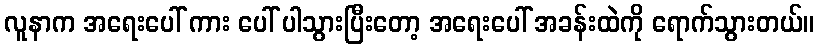
လူနာက အရေးပေါ် ကား ပေါ် ပါသွားပြီးတော့ အရေးပေါ် အခန်းထဲကို ရောက်သွားတယ်။